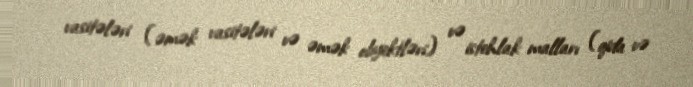
vasitələri (əmək vasitələri və əmək obyektləri) və istehlak malları (qida və